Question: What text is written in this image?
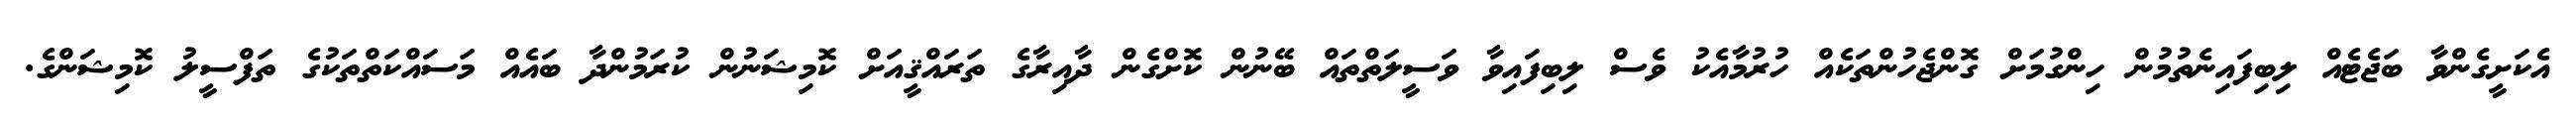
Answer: އެކަށީގެންވާ ބަޖެޓެއް ލިބިފައިނެތުމުން ހިންގުމަށް ގޮންޖެހުންތަކެއް ހުރުމާއެކު ވެސް ލިބިފައިވާ ވަސީލަތްތައް ބޭނުން ކޮށްގެން ދާއިރާގެ ތަރައްޤީއަށް ކޮމިޝަނުން ކުރަމުންދާ ބައެއް މަސައްކަތްތަކުގެ ތަފްސީލު ކޮމިޝަންގެ.